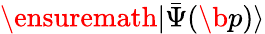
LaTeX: \ensuremath{\vert\bar{\Psi}(\b{p})\rangle}